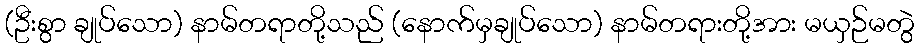
(ဦးစွာ ချုပ်သော) နာမ်တရာတို့သည် (နောက်မှချုပ်သော) နာမ်တရားတို့အား မယှဉ်မတွဲ